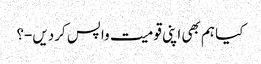
کیا ہم بھی اپنی قومیت واپس کردیں-؟